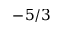
- 5 / 3